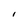
Character: l